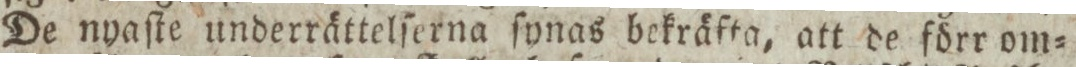
De nyaſte underrättelſerna ſynas bekräfta, att de förr om=